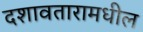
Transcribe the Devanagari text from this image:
दशावतारामधील